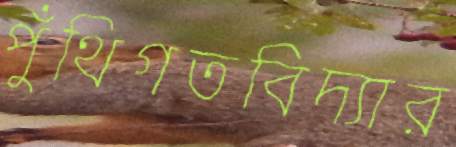
পুঁথিগতবিদ্যার